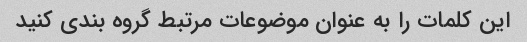
این کلمات را به عنوان موضوعات مرتبط گروه بندی کنید